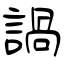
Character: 諣